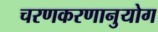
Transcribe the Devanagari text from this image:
चरणकरणानुयोग